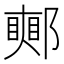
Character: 𨞜